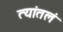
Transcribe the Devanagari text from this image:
त्यांतलं